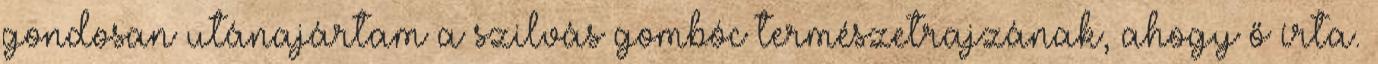
gondosan utánajártam a szilvás gombóc természetrajzának, ahogy ő írta.